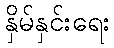
နှိမ်နှင်းရေး